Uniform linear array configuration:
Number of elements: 64
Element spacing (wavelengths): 0.25
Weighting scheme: hann
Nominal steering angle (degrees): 60
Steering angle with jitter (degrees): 60.568
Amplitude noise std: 0.05
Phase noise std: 0.05

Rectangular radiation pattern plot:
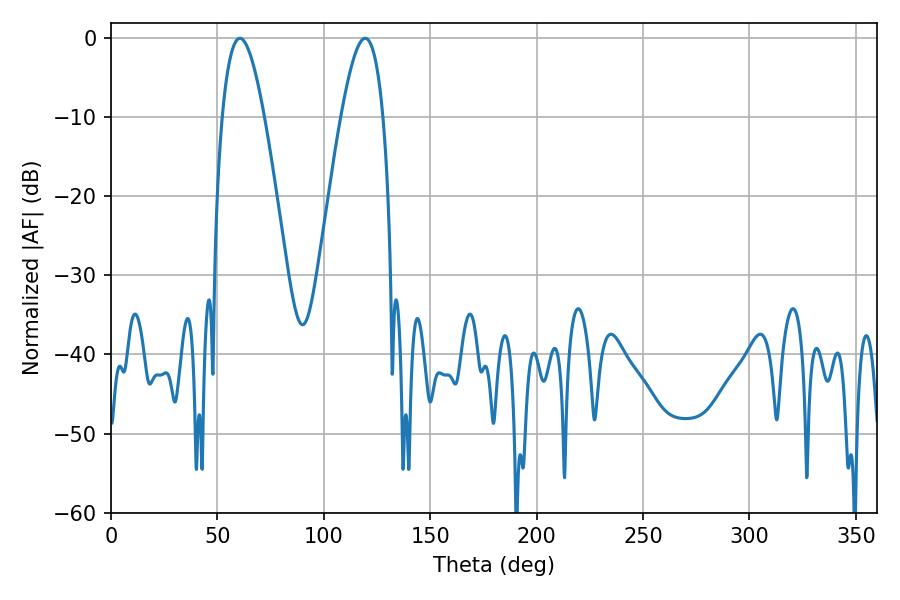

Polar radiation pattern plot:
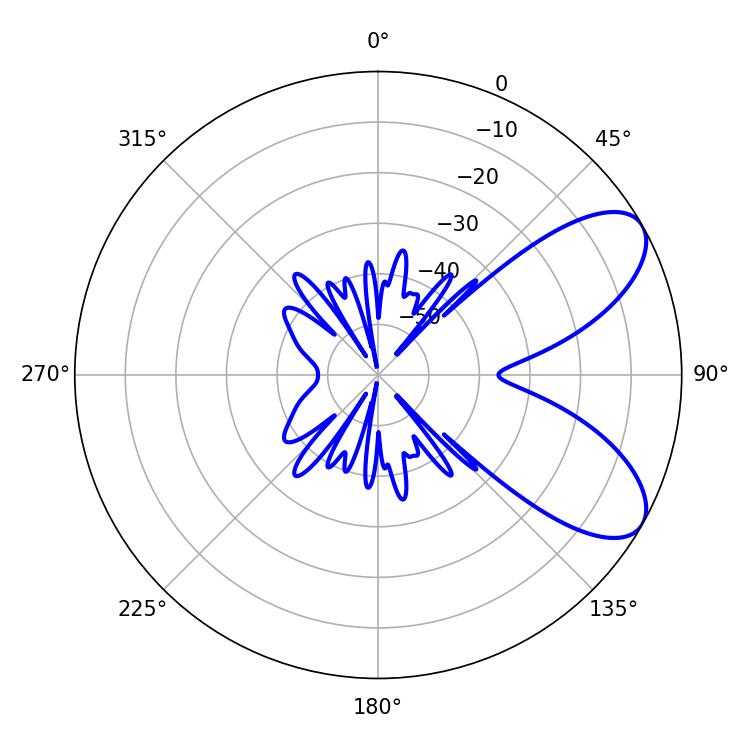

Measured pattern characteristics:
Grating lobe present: FALSE
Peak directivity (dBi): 7.501
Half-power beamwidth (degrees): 10.8
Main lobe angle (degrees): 60.48